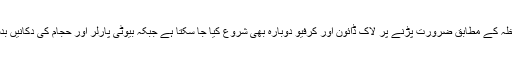
سعودی وزارت داخلہ کے مطابق ضرورت پڑنے پر لاک ڈائون اور کرفیو دوبارہ بھی شروع کیا جا سکتا ہے جبکہ بیوٹی پارلر اور حجام کی دکانیں بدستور بند رہیں گی۔